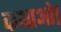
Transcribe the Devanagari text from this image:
कथाओ।